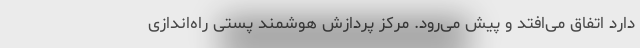
دارد اتفاق می‌افتد و پیش می‌رود. مرکز پردازش هوشمند پستی راه‌اندازی